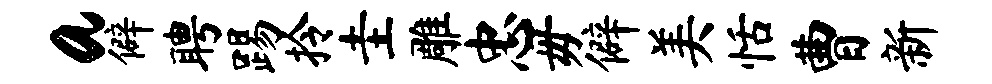
a僻聘踢拎圭雕忠毋僻美恬曹新